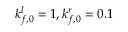
k _ { f , 0 } ^ { l } = 1 , k _ { f , 0 } ^ { r } = 0 . 1